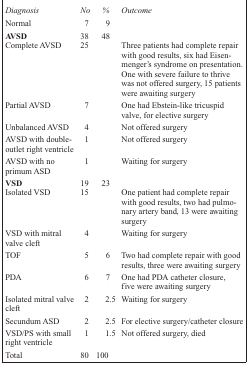
<table><thead><tr><td><b><i>Diagnosis</i></b></td><td><b><i>No</i></b></td><td><b><i>%</i></b></td><td><b><i>Outcome</i></b></td></tr></thead><tbody><tr><td>Normal</td><td>7</td><td>9</td><td></td></tr><tr><td><b>AVSD</b></td><td>38</td><td>48</td><td></td></tr><tr><td>Complete AVSD</td><td>25</td><td></td><td>Three patients had complete repair with good results, six had Eisenmenger’s syndrome on presentation. One with severe failure to thrive was not offered surgery, 15 patients were awaiting surgery</td></tr><tr><td>Partial AVSD</td><td>7</td><td></td><td>One had Ebstein-like tricuspid valve, for elective surgery</td></tr><tr><td>Unbalanced AVSD</td><td>4</td><td></td><td>Not offered surgery</td></tr><tr><td>AVSD with doubleoutlet right ventricle</td><td>1</td><td></td><td>Not offered surgery</td></tr><tr><td>AVSD with no primum ASD</td><td>1</td><td></td><td>Waiting for surgery</td></tr><tr><td><b>VSD</b></td><td>19</td><td>23</td><td></td></tr><tr><td>Isolated VSD</td><td>15</td><td></td><td>One patient had complete repair with good results, two had pulmonary artery band, 13 were awaiting surgery</td></tr><tr><td>VSD with mitral valve cleft</td><td>4</td><td></td><td>Waiting for surgery</td></tr><tr><td>TOF</td><td>5</td><td>6</td><td>Two had complete repair with good results, three were awaiting surgery</td></tr><tr><td>PDA</td><td>6</td><td>7</td><td>One had PDA catheter closure, five were awaiting surgery</td></tr><tr><td>Isolated mitral valve cleft</td><td>2</td><td>2.5</td><td>Waiting for surgery</td></tr><tr><td>Secundum ASD</td><td>2</td><td>2.5</td><td>For elective surgery/catheter closure</td></tr><tr><td>VSD/PS with small right ventricle</td><td>1</td><td>1.5</td><td>Not offered surgery, died</td></tr><tr><td>Total</td><td>80</td><td>100</td><td></td></tr></tbody></table>